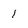
Character: I